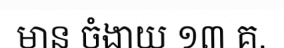
មាន ចំងាយ ១៣ គ.